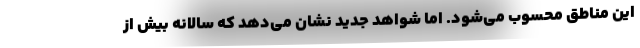
این مناطق محسوب می‌شود. اما شواهد جدید نشان می‌دهد که سالانه بیش از